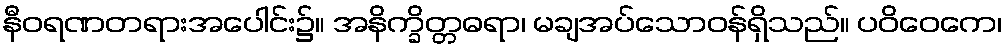
နီဝရဏတရားအပေါင်း၌။ အနိက္ခိတ္တဓရာ၊ မချအပ်သောဝန်ရှိသည်။ ပဝိဝေကေ၊